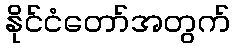
နိုင်ငံတော်အတွက်